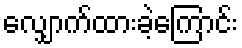
လျှောက်ထားခဲ့ကြောင်း